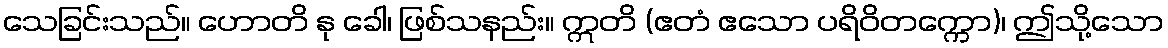
သေခြင်းသည်။ ဟောတိ နု ခေါ၊ ဖြစ်သနည်း။ ဣတိ (ဧတံ ဧသော ပရိဝိတက္ကော)၊ ဤသို့သော